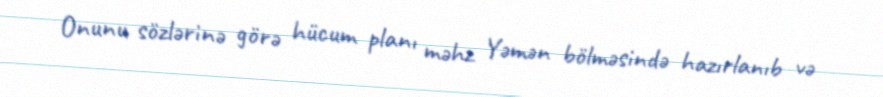
Onunu sözlərinə görə hücum planı məhz Yəmən bölməsində hazırlanıb və